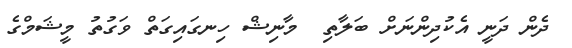
ދެން ދަނީ އެކުދިންނަށް ބަލާތި  މާނިޝް ހިނގައިގަތް ވަގުތު މީޝަމްގެ